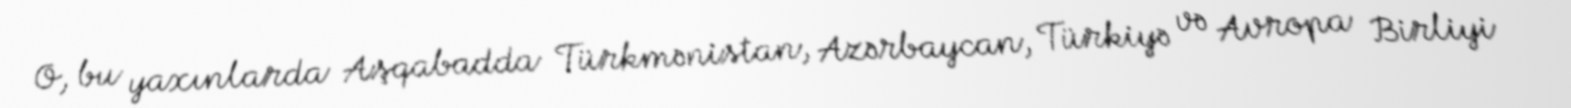
O, bu yaxınlarda Aşqabadda Türkmənistan, Azərbaycan, Türkiyə və Avropa Birliyi